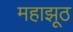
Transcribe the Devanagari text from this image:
महाझूठ